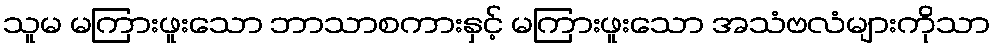
သူမ မကြားဖူးသော ဘာသာစကားနှင့် မကြားဖူးသော အသံဗလံများကိုသာ